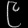
Digit: ၉